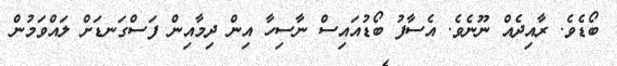
ބޯޑެވެ. ރާއިދެއް ނޫނެވެ. އެސާފު ބޯޑުއައިސް ނާސިހާ އިން ދިމާއިން ފަސްގަނޑަށް ލައްވަމުން